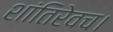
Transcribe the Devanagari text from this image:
शांतिरेवच।